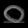
Digit: ၀